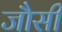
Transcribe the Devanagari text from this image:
जौसी